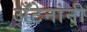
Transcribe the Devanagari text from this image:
अँटेनांनी